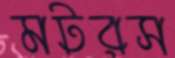
মটরস